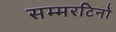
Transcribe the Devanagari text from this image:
सम्मरटिनो